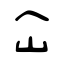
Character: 仚